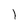
Character: 1